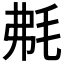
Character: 𣭘